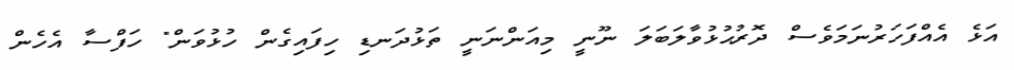
އަޅެ އެއްފަހަރުނަމަވެސް ދޮރުޙުޅުވާލަބަލަ ނޫނީ މިއަންނަނީ ތަޅުދަނޑި ހިފައިގެން ހުޅުވަން" ހަފްސާ އެހެން